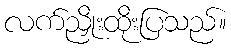
လက်ညှိုးထိုးပြသည်။